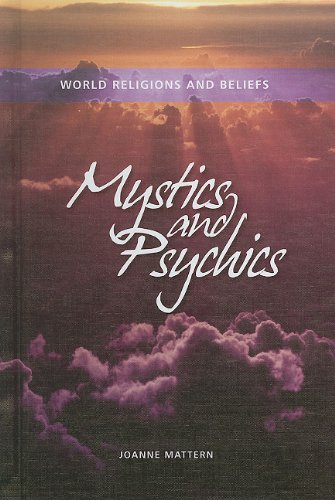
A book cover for Mystics and Psychics (World Religions and Beliefs); Joanne Mattern; Teen & Young Adult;